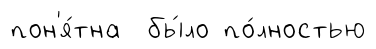
пон'я́тна бы́ло по́лностью